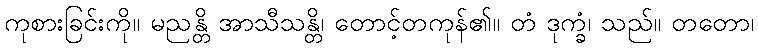
ကုစားခြင်းကို။ မညန္တိ အာသီသန္တိ၊ တောင့်တကုန်၏။ တံ ဒုက္ခံ၊ သည်။ တတော၊